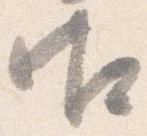
御